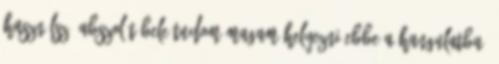
használsz. Abszolút bele tudom magam helyezni ebbe a hangulatba-